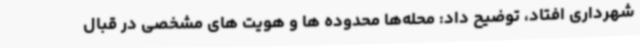
شهرداری افتاد، توضیح داد: محله‌ها محدوده ها و هویت های مشخصی در قبال